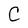
Character: C